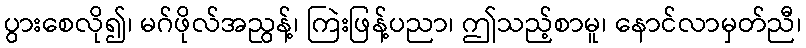
ပွားစေလို၍၊ မဂ်ဖိုလ်အညွန့်၊ ကြဲးဖြန့်ပညာ၊ ဤသည့်စာမူ၊ နောင်လာမှတ်ညီ၊